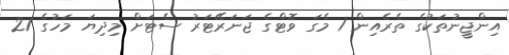
އިންޖީނުތަކުގެ ތެރެއިން 1 މެގަ ވޮޓްގެ ޖަނަރޭޓަރު ސެޓަށް މިދިޔަ މަހުގެ 21